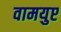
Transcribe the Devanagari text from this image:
वामयुप्ट